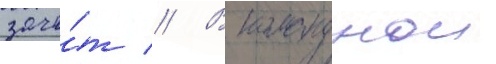
зачё́т // В команднои